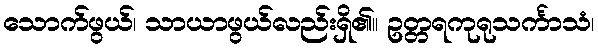
သောက်ဖွယ်၊ သာယာဖွယ်လည်းရှိ၏။ ဥတ္တရကုရုသင်္ကာသံ၊